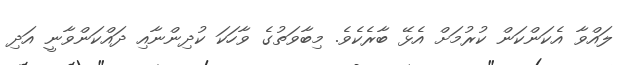
ލައްވާ އެކަންކަން ކުރުމަށް އެޅޭ ބާރެކެވެ. މިބާވަތުގެ ވާހަކަ ކުދިންނާއި ދައްކަންވާނީ އަދި